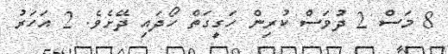
8 މަސް 2 ދުވަސް ކުރިން ހަގީގަތް ހޯދައި ދޭށެވެ. 2 އަހަރު